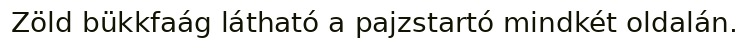
Zöld bükkfaág látható a pajzstartó mindkét oldalán.